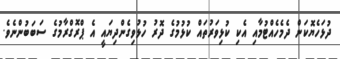
ދުޅަހެޔޮކަން ދެމެހެއްޓުމާއި އެކި ކުޅިވަރުތައް ކުޅުމުގެ ދޮރު ހުޅުވިގެންދިޔައީ އެ ޕްރޮގްރާމުގެ ސަބަބުންނެވެ.